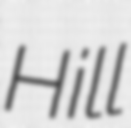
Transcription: Hill